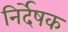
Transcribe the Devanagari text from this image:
निर्देषक